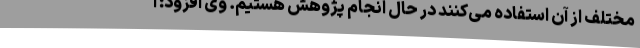
مختلف از آن استفاده می‌کنند در حال انجام پژوهش هستیم. وی افزود: ا